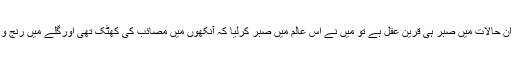
تو میں نے دیکھا کہ ان حالات میں صبر ہی قرین عقل ہے تو میں نے اس عالم میں صبر کرلیا کہ آنکھوں میں مصائب کی کھٹک تھی اورگلے میں رنج و غم کے پھندے تھے۔